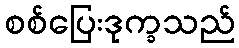
စစ်ပြေးဒုက္ခသည်